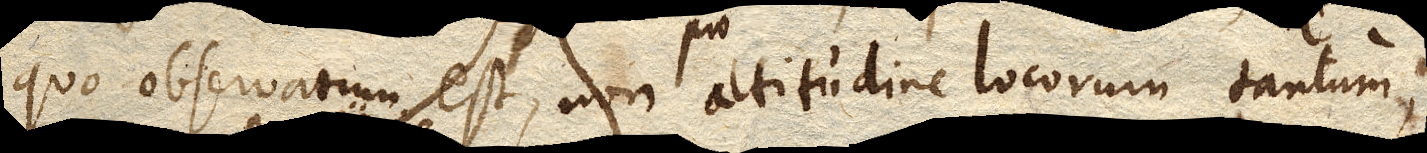
quo observatum est, non pro altitudine locorum tantum,